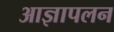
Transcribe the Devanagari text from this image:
आज्ञापलन